King Institute of Preventive Medicine Micro-Biological Section reports 1909-11
Year: 1909
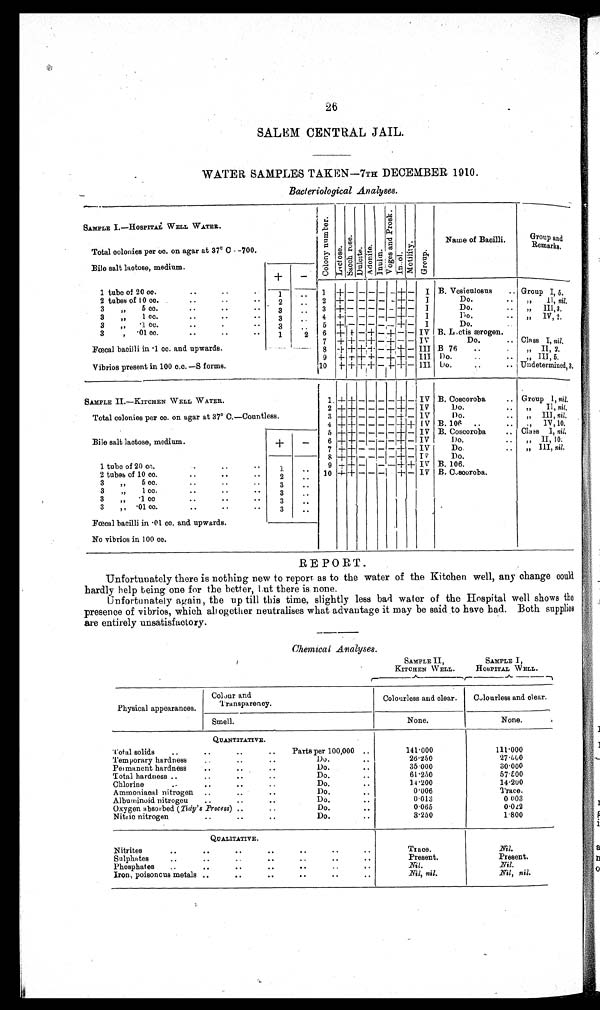
26
SALEM CENTRAL JAIL.
WATER SAMPLES TAKEN—7TH DECEMBER 1910.
Bacteriological Analyses.
SAMPLE I.—HOSPITAL WELL WATER.
Col ony Number. Lactose.Sacch r ose.Dulcite.Adoni t e.Inulin. V o g e s a n d P r o s k . In..ol.Mot i l i t y. Group.
Name of Bacilli.
Group and
Remarks.
Total colonies per cc. on agar at 37° C -700.
Bile salt lactose, medium.
+
-
1 tube of 20 cc.
1
1 + - - - - - + -
I B. Vesiculosus
Group I, 5.
2 tubes of 10 cc.
2
2 + - - - - - + -
I
Do.
,, II, nil.
3 „ 5 cc.
3
3 + - - - - - + -
I
Do.
,, III,3.
3 „ 1 cc.
3
4
+ - - - - - + -
I
Do.
,, IV,2.
3 „·1 cc.
3
5 + - - - - - + -
I
Do.
3 ,·01 cc.
1 2
6 + + - + - + - - IV B. L. ctis ærogen.
7 + + - + - + - - IV
Do.
Class I, nil.
Fœcal bacilli in ·1 cc. and upwards.
8
+ + + + - + + - III B 76
,, II, 2.
9 + + + + - + + - III Do.
,, III, 5.
Vibrios present in 100 c.c. —S forms.
10
+ + + + - + + - III Do.
Undetermined, 3.
SAMPLE II.—KITCHEN WELL WATER.
1 + + - - - - + - IV B. Coscoroba
Group 1, nil.
2 + + - - - - + - IV
Do.
,, II, nil.
Total colonies per cc. on agar at 37° C.—Countless.
3 + + - - - - + - IV
Do.
,, III, nil.
4 + + - - - - + + IV B. 106
,, IV, 10.
5 + + - - - - + - IV B. Coscoroba
Class I, nil.
Bile salt lactose, medium.
+
-
6
+ + - - - - + - IV
Do.
„ II, 10.
7 + + - - - - + - IV
Do.
„ III, nil.
8 + + - - - - + -
I V
Do.
1 tube of 20 cc.
1
9 + + -
- - + + IV B. 106.
2 tubes of 10 cc.
2
10 + + - - -
+ - IV B. Coscoroba.
3 „ 5 cc.
3
3 „ 1 cc.
3
3 „ ·1 cc
3
3 „ ·01 cc.
3
.
'
Fœcal bacilli in ·01 cc. and upwards.
No vibrios in 100 cc.
REPORT.
Unfortunately there is nothing new to report as to the water of the Kitchen well, any change could
hardly help being one for the better, but there is. none.
Unfortunately again, the up till this time, slightly less bad water of the Hospital well shows the
presence of vibrios, which altogether neutralises what advantage it may be said to have had. Both supplies
are entirely unsatisfactory.
Chemical. Analyses.
SAMPLE II,
KITCHEN WELL .
SAMPLE I,
HOSPITAL WELL.
Physical appearances.
Colour and
Transparency.
Colourless and clear.
Colourless and clear.
Smell.
None.
None.
QUANTITATIVE.
Total solids
Parts per 100,000
141·000
111·000
Temporary hardness
Do.
26·250
27·600
Permanent hardness
Do.
35·000
30·000
Total hardness
Do.
61·250
57·5,00
Chlorine
Do.
14·200
14·200
Ammoniacal nitrogen
Do.
0·006
Trace.
Albuininoid nitrogeu
Do.
0·013
0·003
Oxygen absorbed ( Tidy's Process)
Do.
0·065
0·022
Nitric nitrogen
Do.
3·250
1·800
QUALITATIVE.
Nitrites
Trace.
Nil.
Sulphates
Present.
Present.
Phosphates
Nil.
Nil.
Iron, poisonous metals
Nil, nil.
Nil, nil.